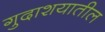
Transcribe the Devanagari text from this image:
गुदाशयातील